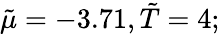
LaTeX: \tilde{\mu}=-3.71,\tilde{T}=4;